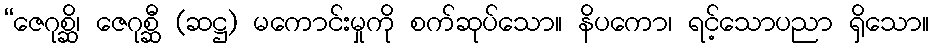
“ဇေဂုစ္ဆိ၊ ဇေဂုစ္ဆီ (ဆဋ္ဌ) မကောင်းမှုကို စက်ဆုပ်သော။ နိပကော၊ ရင့်သောပညာ ရှိသော။